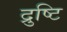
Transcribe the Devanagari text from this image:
द्रुष्टि